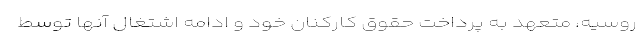
روسیه، متعهد به پرداخت حقوق کارکنان خود و ادامه اشتغال آنها توسط